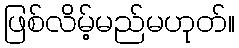
ဖြစ်လိမ့်မည်မဟုတ်။